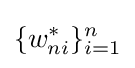
\{w_{ni}^{*}\}_{i=1}^{n}